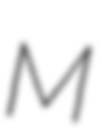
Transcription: M